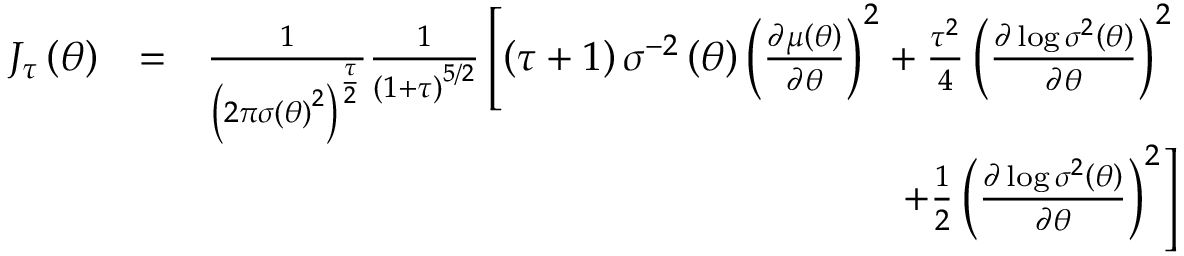
\begin{array} { r l r } { J _ { \tau } \left( \theta \right) } & { = } & { \frac { 1 } { \left( 2 \pi \sigma \left( \theta \right) ^ { 2 } \right) ^ { \frac { \tau } { 2 } } } \frac { 1 } { \left( 1 + \tau \right) ^ { 5 / 2 } } \left[ \left( \tau + 1 \right) \sigma ^ { - 2 } \left( \theta \right) \left( \frac { \partial \mu \left( \theta \right) } { \partial \theta } \right) ^ { 2 } + \frac { \tau ^ { 2 } } { 4 } \left( \frac { \partial \log \sigma ^ { 2 } \left( \theta \right) } { \partial \theta } \right) ^ { 2 } \right. } \\ & { } & { \left. + \frac { 1 } { 2 } \left( \frac { \partial \log \sigma ^ { 2 } \left( \theta \right) } { \partial \theta } \right) ^ { 2 } \right] } \end{array}